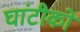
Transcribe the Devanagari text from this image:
घांटीको